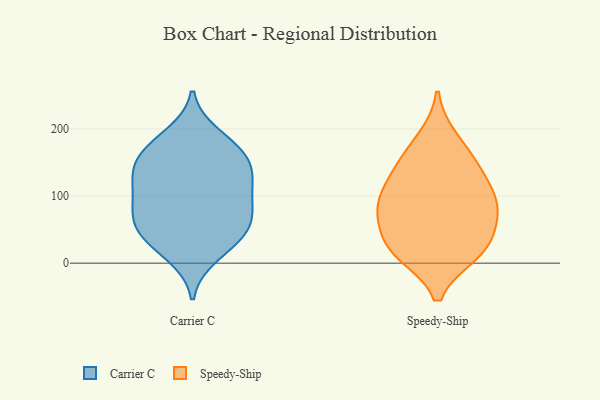
{"axis": {"x": "Revenue (USD Million)", "y": "Value"}, "legend": ["Carrier C", "Speedy-Ship"], "data": [{"x": "", "y": 102, "type": "Carrier C"}, {"x": "", "y": 112, "type": "Carrier C"}, {"x": "", "y": 128, "type": "Carrier C"}, {"x": "", "y": 72, "type": "Carrier C"}, {"x": "", "y": 172, "type": "Carrier C"}, {"x": "", "y": 172, "type": "Carrier C"}, {"x": "", "y": 151, "type": "Carrier C"}, {"x": "", "y": 140, "type": "Carrier C"}, {"x": "", "y": 145, "type": "Carrier C"}, {"x": "", "y": 12, "type": "Carrier C"}, {"x": "", "y": 190, "type": "Carrier C"}, {"x": "", "y": 61, "type": "Carrier C"}, {"x": "", "y": 67, "type": "Carrier C"}, {"x": "", "y": 52, "type": "Carrier C"}, {"x": "", "y": 36, "type": "Carrier C"}, {"x": "", "y": 32, "type": "Carrier C"}, {"x": "", "y": 95, "type": "Carrier C"}, {"x": "", "y": 185, "type": "Speedy-Ship"}, {"x": "", "y": 155, "type": "Speedy-Ship"}, {"x": "", "y": 79, "type": "Speedy-Ship"}, {"x": "", "y": 78, "type": "Speedy-Ship"}, {"x": "", "y": 15, "type": "Speedy-Ship"}, {"x": "", "y": 93, "type": "Speedy-Ship"}, {"x": "", "y": 125, "type": "Speedy-Ship"}, {"x": "", "y": 65, "type": "Speedy-Ship"}, {"x": "", "y": 19, "type": "Speedy-Ship"}, {"x": "", "y": 98, "type": "Speedy-Ship"}, {"x": "", "y": 142, "type": "Speedy-Ship"}, {"x": "", "y": 27, "type": "Speedy-Ship"}, {"x": "", "y": 22, "type": "Speedy-Ship"}]}